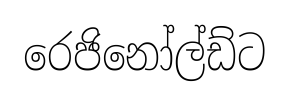
රෙජිනෝල්ඩ්ට